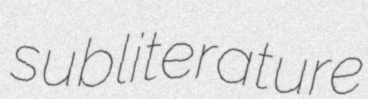
subliterature